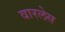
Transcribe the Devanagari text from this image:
वारलेस